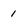
Character: 1